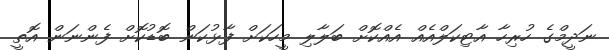
ނަދީމްގެ ހުރިހާ އާޓިކަލްއެއް އެއްކޮށް ބަލާލި މީހަކަށް ފާޅުކަން ބޮޑުކޮށް ފެންނަން އޮތީ